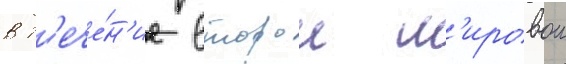
в т'ече́н'ие второи м'ировои